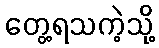
တွေ့ရသကဲ့သို့